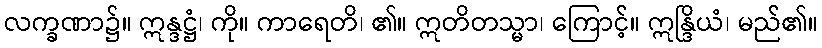
လက္ခဏာ၌။ ဣန္ဒဋ္ဌံ၊ ကို။ ကာရေတိ၊ ၏။ ဣတိတသ္မာ၊ ကြောင့်။ ဣန္ဒြိယံ၊ မည်၏။